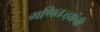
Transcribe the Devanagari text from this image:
गणितज्ज्ञांनी